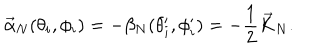
\vec { \alpha } _ { N } ( \theta _ { i } , \phi _ { i } ) = - \beta _ { N } ( \theta _ { i } ^ { \prime } , \phi _ { i } ^ { \prime } ) = - { \frac { 1 } { 2 } } \vec { K } _ { N } .